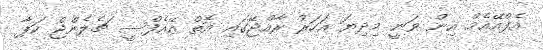
އެފްއޭއެމް އިން ވަނީ މިދިޔަ އަހަރު ރާއްޖޭގައި އޮތް އޭއެފްސީ ޗެލެންޖް ކަޕާ